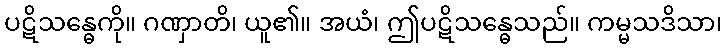
ပဋိသန္ဓေကို။ ဂဏှာတိ၊ ယူ၏။ အယံ၊ ဤပဋိသန္ဓေသည်။ ကမ္မသဒိသာ၊